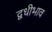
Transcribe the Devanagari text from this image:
द्वधीभाव